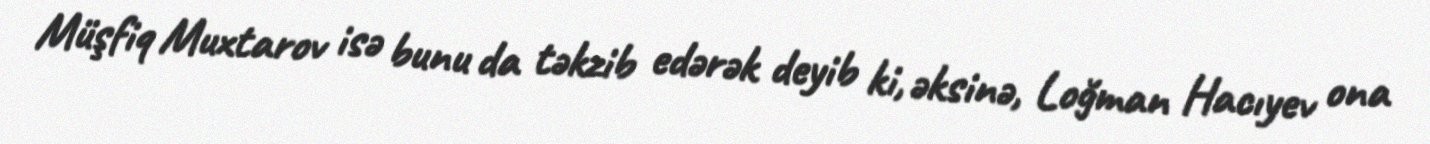
Müşfiq Muxtarov isə bunu da təkzib edərək deyib ki, əksinə, Loğman Hacıyev ona